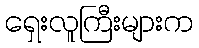
ရှေးလူကြီးများက